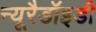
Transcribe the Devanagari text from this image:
न्यूरैडॉइडी